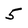
Character: 5